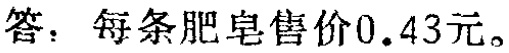
答：每条肥皂售价\(0.43\)元。